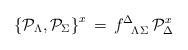
LaTeX: \begin{align*}\left \{ {\cal P}_\Lambda, {\cal P}_\Sigma \right \}^x \, = \,f^{\Delta}_{\phantom{\Delta}\Lambda\Sigma} \, {\cal P}_\Delta^{x}\end{align*}